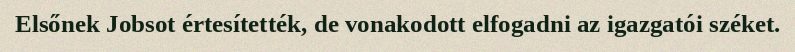
Elsőnek Jobsot értesítették, de vonakodott elfogadni az igazgatói széket.